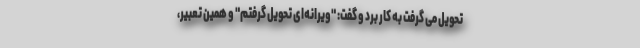
تحویل می گرفت به کار برد و گفت: "ویرانه‌ای تحویل گرفتم" و همین تعبیر،